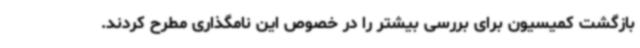
بازگشت کمیسیون برای بررسی بیشتر را در خصوص این نامگذاری مطرح کردند.